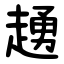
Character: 䞻